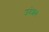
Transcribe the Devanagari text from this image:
उदेशय